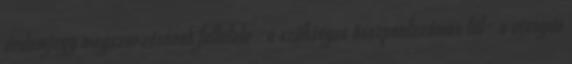
érdemjegy megszerzésének feltétele –a szükséges összpontszámon túl– a vizsgán